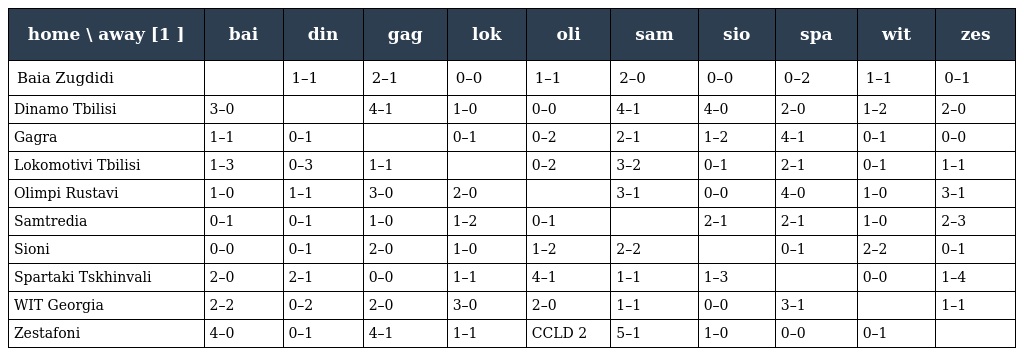
| home \ away [1 ] | bai | din | gag | lok | oli | sam | sio | spa | wit | zes |
 | --- | --- | --- | --- | --- | --- | --- | --- | --- | --- | --- |
 | Baia Zugdidi |  | 1–1 | 2–1 | 0–0 | 1–1 | 2–0 | 0–0 | 0–2 | 1–1 | 0–1 |
 | Dinamo Tbilisi | 3–0 |  | 4–1 | 1–0 | 0–0 | 4–1 | 4–0 | 2–0 | 1–2 | 2–0 |
 | Gagra | 1–1 | 0–1 |  | 0–1 | 0–2 | 2–1 | 1–2 | 4–1 | 0–1 | 0–0 |
 | Lokomotivi Tbilisi | 1–3 | 0–3 | 1–1 |  | 0–2 | 3–2 | 0–1 | 2–1 | 0–1 | 1–1 |
 | Olimpi Rustavi | 1–0 | 1–1 | 3–0 | 2–0 |  | 3–1 | 0–0 | 4–0 | 1–0 | 3–1 |
 | Samtredia | 0–1 | 0–1 | 1–0 | 1–2 | 0–1 |  | 2–1 | 2–1 | 1–0 | 2–3 |
 | Sioni | 0–0 | 0–1 | 2–0 | 1–0 | 1–2 | 2–2 |  | 0–1 | 2–2 | 0–1 |
 | Spartaki Tskhinvali | 2–0 | 2–1 | 0–0 | 1–1 | 4–1 | 1–1 | 1–3 |  | 0–0 | 1–4 |
 | WIT Georgia | 2–2 | 0–2 | 2–0 | 3–0 | 2–0 | 1–1 | 0–0 | 3–1 |  | 1–1 |
 | Zestafoni | 4–0 | 0–1 | 4–1 | 1–1 | CCLD 2 | 5–1 | 1–0 | 0–0 | 0–1 |  |